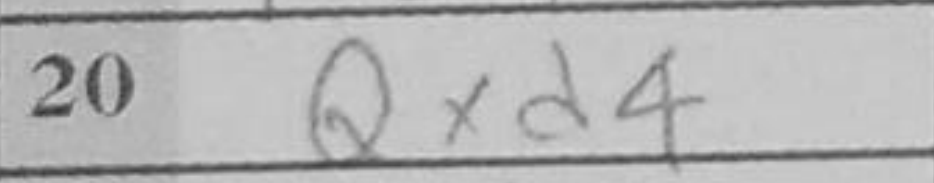
Transcription: Qxd4